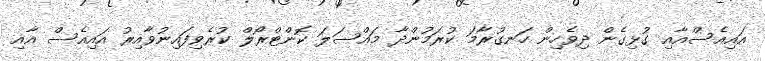
އައިއެސްއާއި ގުޅިގެން ދިވެހިން ހަނގުރާމަ ކުރަމުންދާ މައްސަލަ ކޮންޓްރޯލް ކުރެވިފައިނުވާއިރު އައިއެސް އާއި